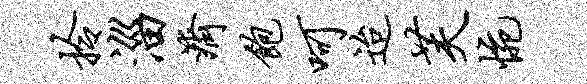
拎淄济饱呵迨芙惋